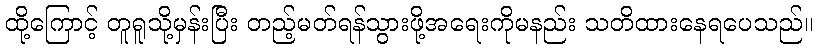
ထို့ကြောင့် တူရူသို့မှန်းပြီး တည့်မတ်ရန်သွားဖို့အရေးကိုမနည်း သတိထားနေရပေသည်။